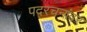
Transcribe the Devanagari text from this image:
पदरचनांवर